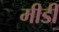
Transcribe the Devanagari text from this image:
मीडी